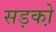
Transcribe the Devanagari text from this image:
सड़को़